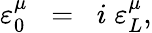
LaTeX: \varepsilon_{0}^{\mu}\; \; =\; \; i\; \varepsilon_{L}^{\mu},